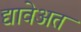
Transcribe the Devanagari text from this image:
द्यावेअत